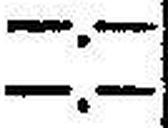
—.—